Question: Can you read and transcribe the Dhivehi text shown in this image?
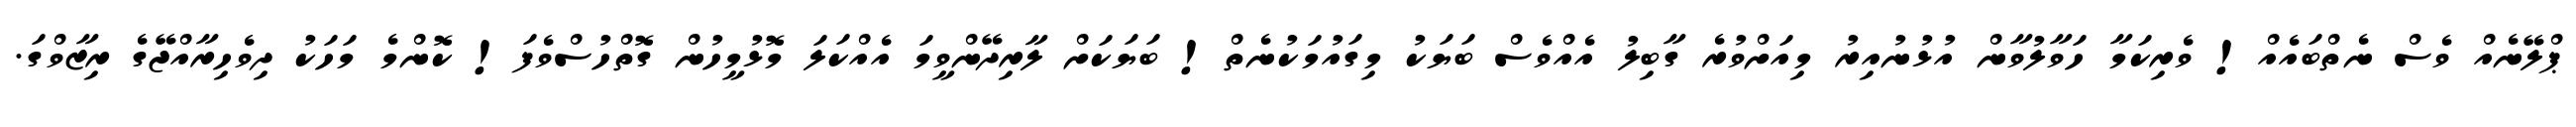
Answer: ޕްލޭނެއް ވެސް ނެތްބައެއް! ވެރިކަމާ ހަވާލުވާން އުޅުނުއިރު މިއަށްވުރެ ގާބިލު އެއްވެސް ބަޔަކު މިގައުމަކުނެތް! ބަޔަކަށް ލާރިދޭންވީމަ އެއްކަލަ މޮޅުމީހުން ގޮތްހުސްވެފަ! ކޮންމެ މަހަކު ދިވެހިރާއްޖޭގެ ރިޒާވްގަ.